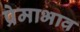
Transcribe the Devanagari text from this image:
प्रेमाभाव